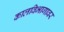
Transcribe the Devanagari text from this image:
कालविभागावर